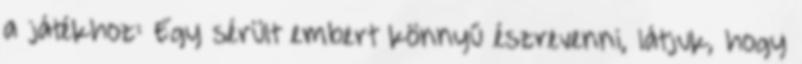
a játékhoz: Egy sérült embert könnyű észrevenni, látjuk, hogy